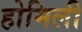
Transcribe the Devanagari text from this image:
होमिली